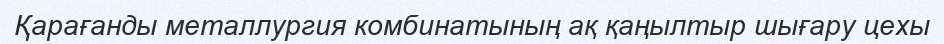
Қарағанды металлургия комбинатының ақ қаңылтыр шығару цехы